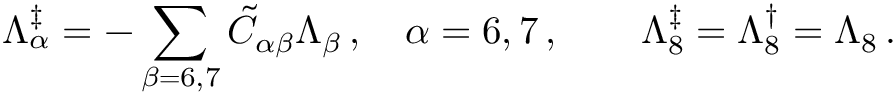
\Lambda _ { \alpha } ^ { \ddagger } = - \sum _ { \beta = 6 , 7 } \tilde { C } _ { \alpha \beta } \Lambda _ { \beta } \, , \quad \alpha = 6 , 7 \, , \quad \quad \Lambda _ { 8 } ^ { \ddagger } = \Lambda _ { 8 } ^ { \dagger } = \Lambda _ { 8 } \, .